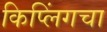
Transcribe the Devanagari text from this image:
किप्लिंगचा